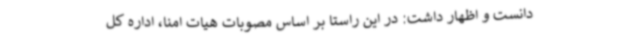
دانست و اظهار داشت: در این راستا بر اساس مصوبات هیات امنا، اداره کل